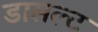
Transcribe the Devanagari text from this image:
डासल्ट